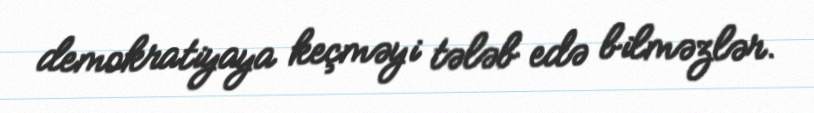
demokratiyaya keçməyi tələb edə bilməzlər.